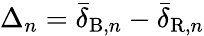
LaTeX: \Delta_{n}=\bar{\delta}_{\mathrm{B},n}-\bar{\delta}_{\mathrm{R},n}